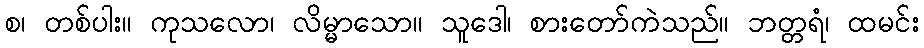
စ၊ တစ်ပါး။ ကုသလော၊ လိမ္မာသော။ သူဒေါ၊ စားတော်ကဲသည်။ ဘတ္တရံ၊ ထမင်း